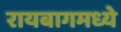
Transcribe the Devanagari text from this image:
रायबागमध्ये